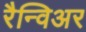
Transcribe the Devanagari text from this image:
रैन्विअर